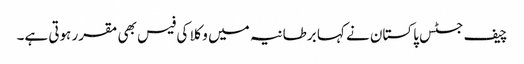
چیف جسٹس پاکستان نے کہا برطانیہ میں وکلا کی فیس بھی مقرر ہوتی ہے۔